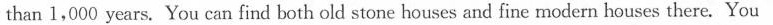
than 1,000 years. You can find both old stone houses and fine modern houses there. You